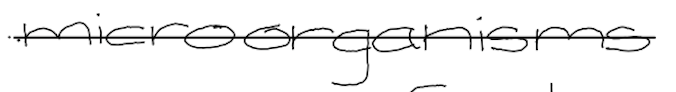
Text: microorganisms
Cross-out: single-line
Writing tool: digital_black